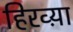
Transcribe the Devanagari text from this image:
हिरव्य़ा